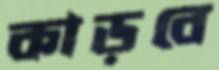
কাড়বে